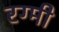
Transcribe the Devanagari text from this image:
रग्मी